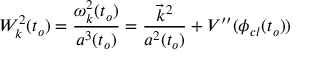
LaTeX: W _ { k } ^ { 2 } ( t _ { o } ) = \frac { \omega _ { k } ^ { 2 } ( t _ { o } ) } { a ^ { 3 } ( t _ { o } ) } = \frac { \vec { k } ^ { 2 } } { a ^ { 2 } ( t _ { o } ) } + V ^ { \prime \prime } ( \phi _ { c l } ( t _ { o } ) )